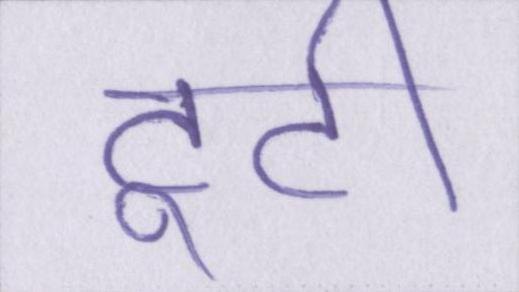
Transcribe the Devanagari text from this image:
टूटी